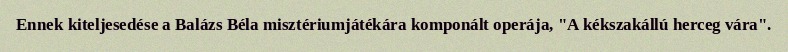
Ennek kiteljesedése a Balázs Béla misztériumjátékára komponált operája, "A kékszakállú herceg vára".